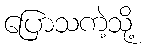
ပြောသကဲ့သို့